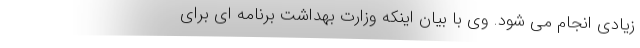
زیادی انجام می شود. وی با بیان اینکه وزارت بهداشت برنامه ای برای